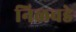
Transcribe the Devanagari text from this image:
निळवडे